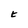
Character: t